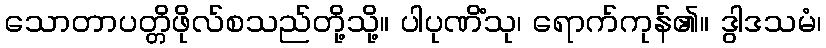
သောတာပတ္တိဖိုလ်စသည်တို့သို့။ ပါပုဏိံသု၊ ရောက်ကုန်၏။ ဒွါဒသမံ၊